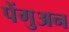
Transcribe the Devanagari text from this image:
पेंगुअन